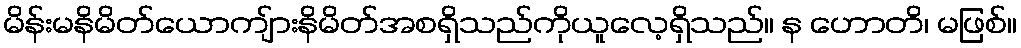
မိန်းမနိမိတ်ယောကျ်ားနိမိတ်အစရှိသည်ကိုယူလေ့ရှိသည်။ န ဟောတိ၊ မဖြစ်။